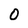
Character: 0